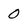
Character: 0